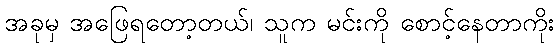
အခုမှ အဖြေရတော့တယ်၊ သူက မင်းကို စောင့်နေတာကိုး